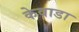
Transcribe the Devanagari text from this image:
केवाडा